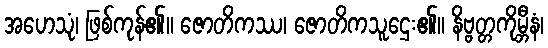
အဟေသုံ၊ ဖြစ်ကုန်၏။ ဇောတိကဿ၊ ဇောတိကသူဌေး၏။ နိဗ္ဗတ္တကိုမ္ဘီနံ၊